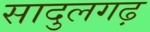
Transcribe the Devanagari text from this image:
सादुलगढ़